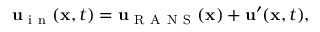
\mathbf { u } _ { \mathrm { ~ i ~ n ~ } } ( \mathbf { x } , t ) = \mathbf { u } _ { \mathrm { ~ R ~ A ~ N ~ S ~ } } ( \mathbf { x } ) + \mathbf { u } ^ { \prime } ( \mathbf { x } , t ) ,